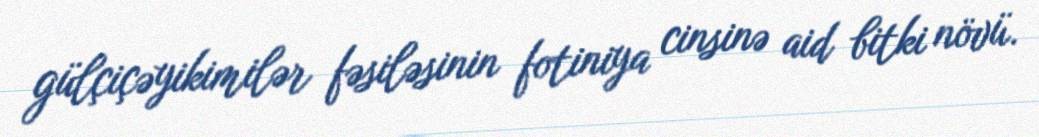
gülçiçəyikimilər fəsiləsinin fotiniya cinsinə aid bitki növü.